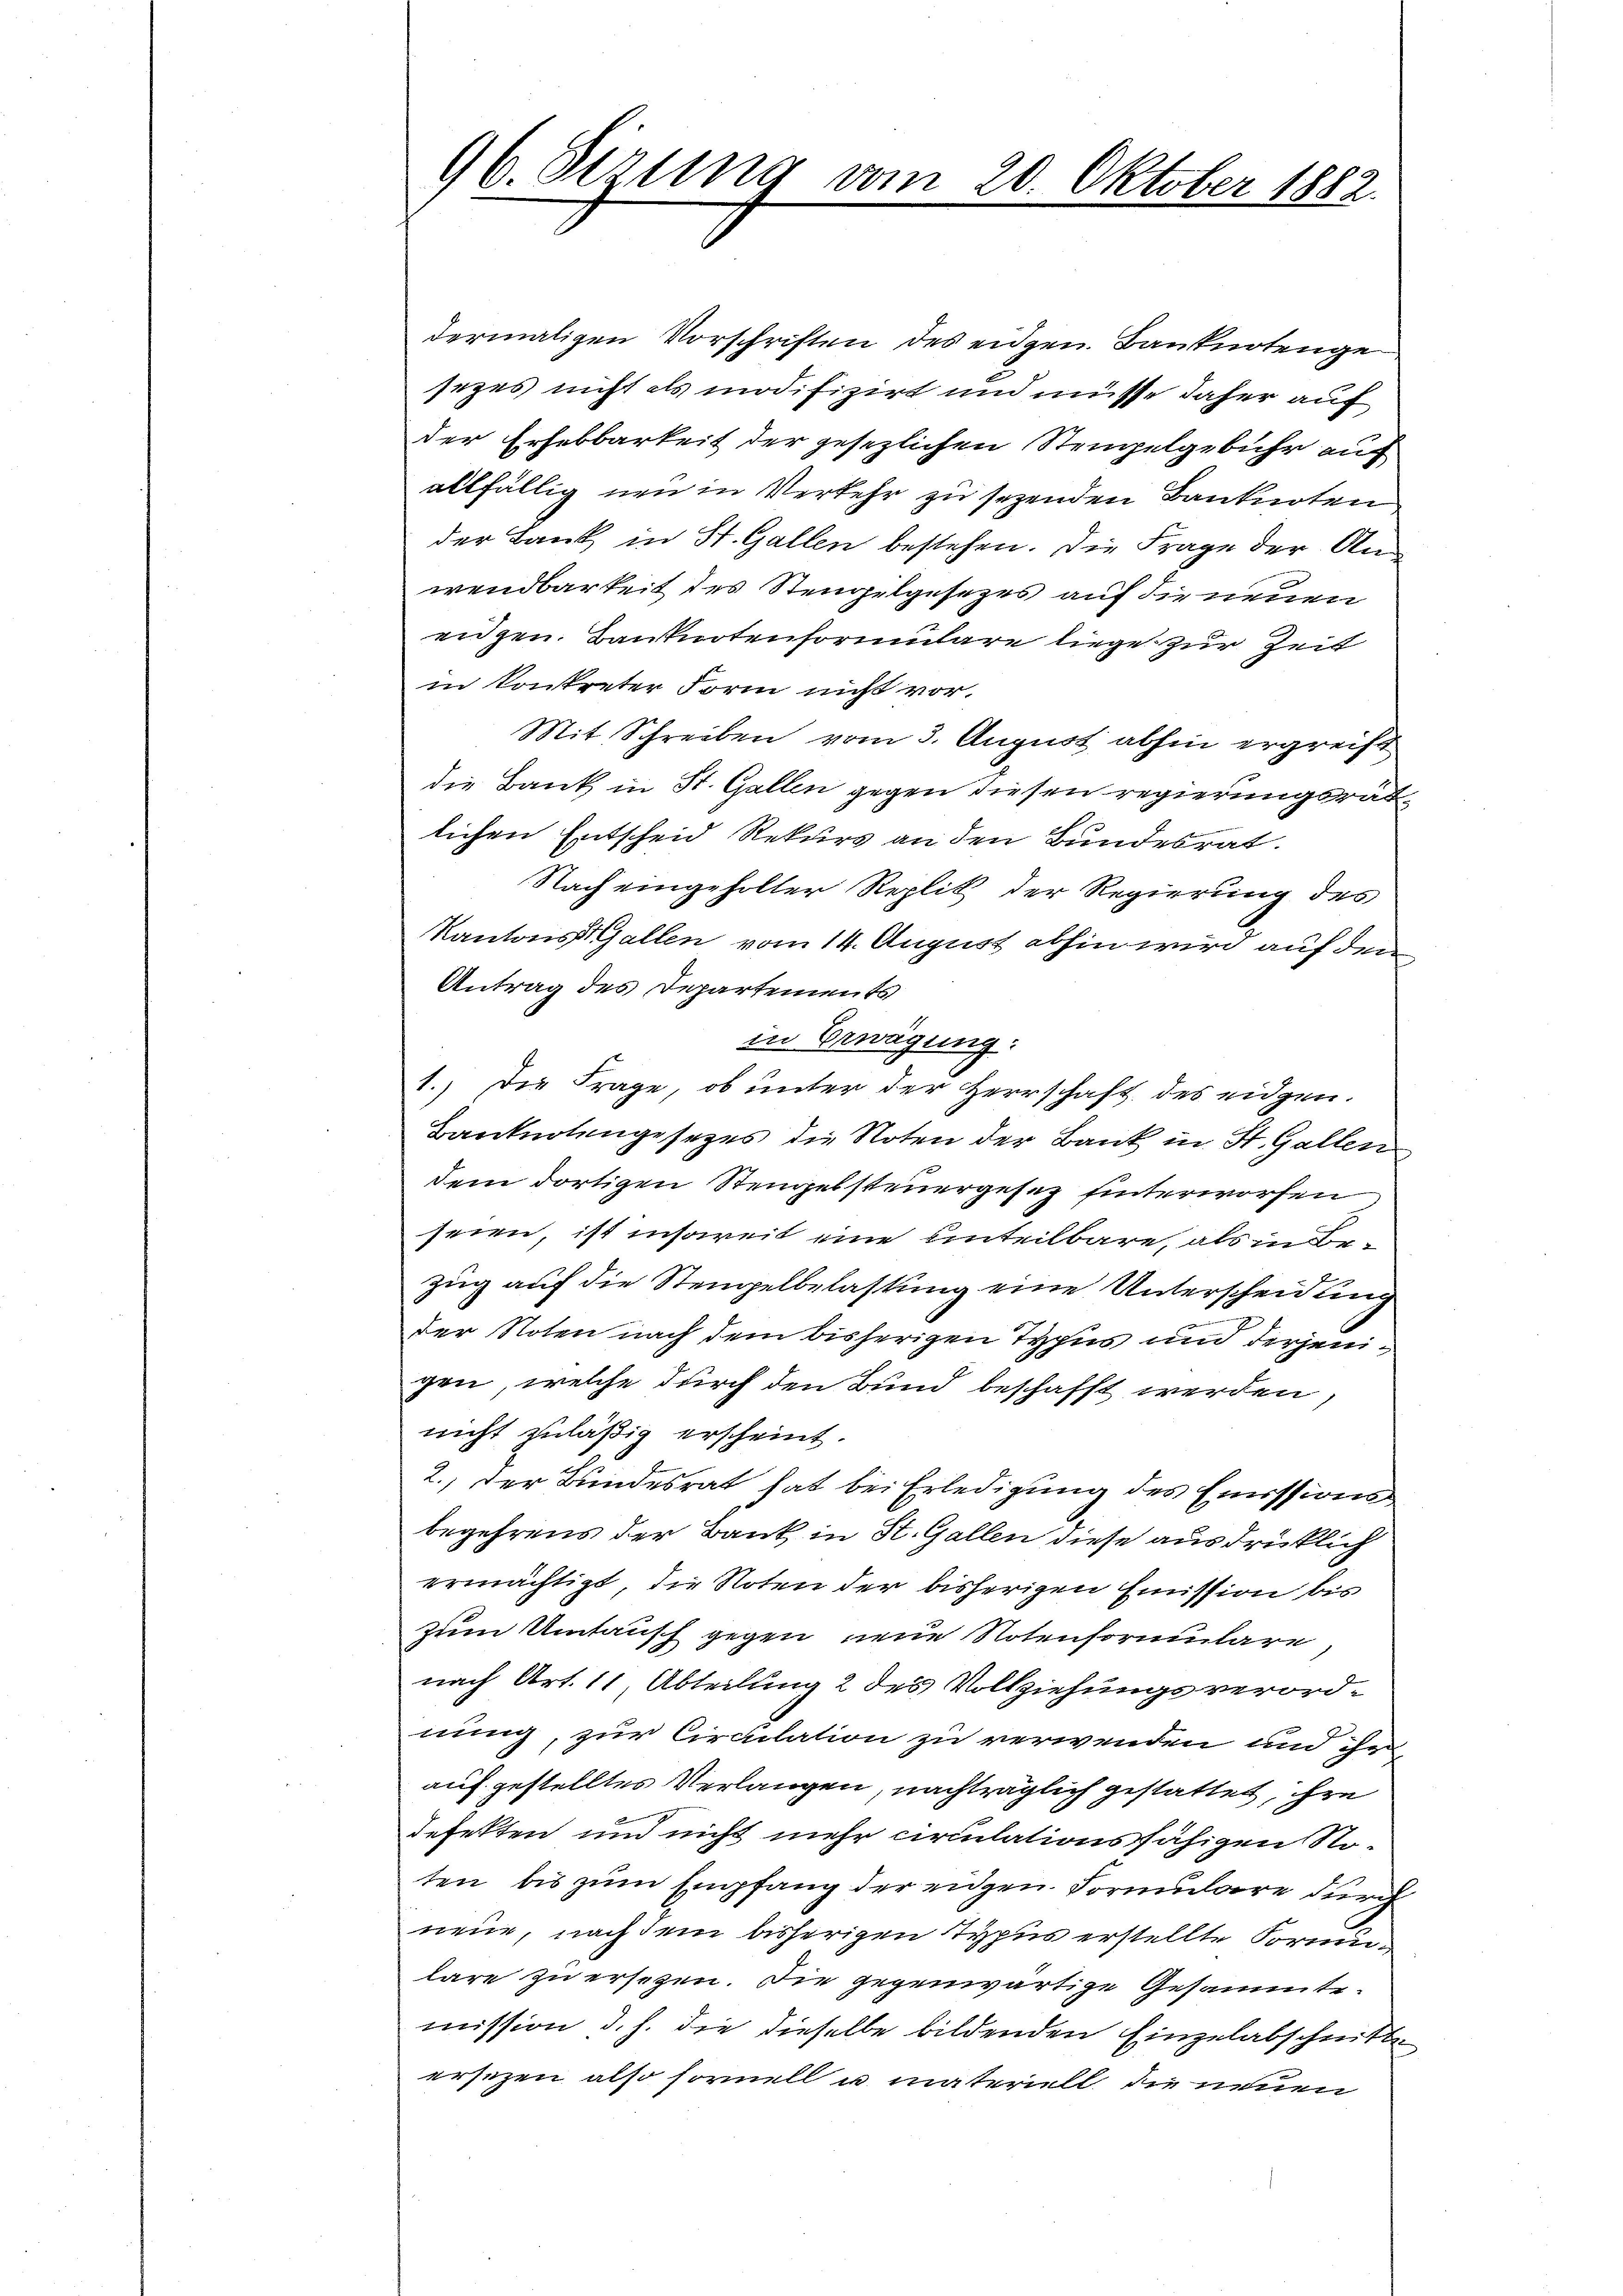
dermaligen Vorschriften des eidgen. Banknotenge
sezes nicht als modifizirt und müsse daher auf
der Erhebbarkeit der gesezlichen Stempelgebühr auf
allfällig neu in Verkehr zu sezenden Banknoten
der Bank in St. Gallen bestehen. Die Frage der Anwendbarkeit des Stempelgesezes auf die neuen
enzen. Banknotenformulare liege zur Zeit
in konkreter Form nicht vor.
Mit Schreiben vom 3. August abhin ergreift
die Bank in St. Gallen gegen diesen regierungsrat
lichen Entscheid Rekurs an den Bundesrat.
Nach eingeholter Replik der Regierung des
Kantons Gallen vom 14. August abhin wird auf dem
Antrag des Departements
in Erwägung:
1.) Die Frage, ob unter der Herrschaft des eidgen.
Banknotengesezes die Noten der Bank in St. Gallen
dem dortigen Stengebsteuergesez hinterworfen
seien, ist insoweit eine Enteilbare, als in Bezug auf die Stempelbelastung eine Unterscheidung
der Noten nach dem bisherigen Typus und derjenigen, welche durch den Bund beschafft werden,
nicht zuläßig erscheint.
2.) Der Bundesrat hat bei Erledigung des Emissions
begehrens der Bank in St. Gallen diese ausdrücklich
ermächtigt, die Noten der bisherigen Emission bis
zum Umtausch gegen neue Notenformulare
nach Art. 11, Abteilung 2 des Vollziehungsverordnung, zur Circulation zu verwenden und ihr
auf gestelltes Verlangen, nachträglich gestattet, ihre
defekten und nicht mehr circulationsfähigen Noten bis zum Empfang der eingen Formulare durch
neue, nach dem bisherigen Typus erstellte Formun
lare zu ersetzen. Die gegenwärtige Gesammte
mission d. h. die dieselbe bildenden Einzelabschnitte
ersezen also formell u. materiell die neuen

96. Sirung vom 20. Oktober 1882.